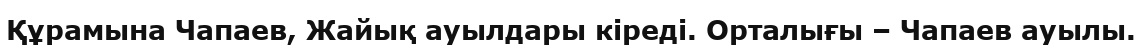
Құрамына Чапаев, Жайық ауылдары кіреді. Орталығы – Чапаев ауылы.